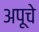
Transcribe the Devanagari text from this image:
अपूचे